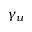
\gamma _ { u }